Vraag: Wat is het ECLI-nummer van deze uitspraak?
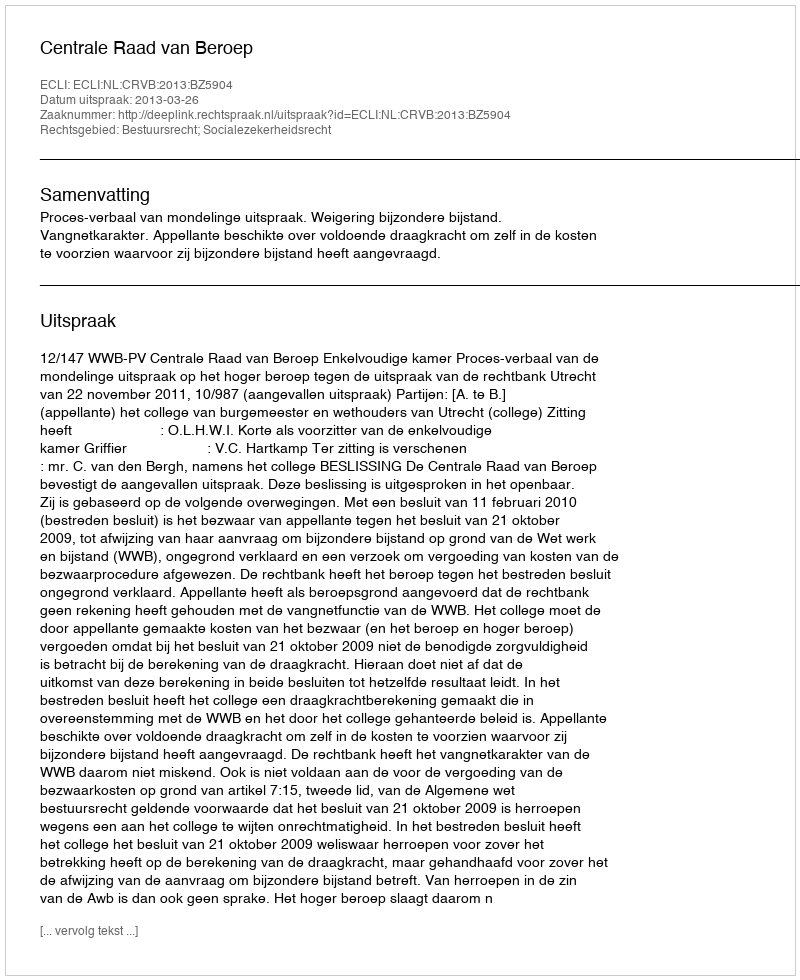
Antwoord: ECLI:NL:CRVB:2013:BZ5904